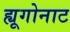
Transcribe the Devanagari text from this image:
ह्यूगोनाट